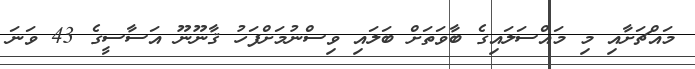
މައްޗަށާއި މި މައްސަލައިގެ ބާވަތަށް ބަލައި ވިސްނުމަށްފަހު ޤާނޫނޫ އަސާސީގެ 43 ވަނަ